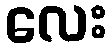
လေး